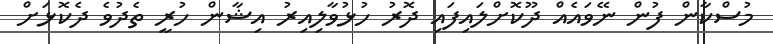
މުސްކާން ފުން ނޭވައެއް ދޫކޮށްލައިފައި ދޮރު ހުޅުވާލިއިރު އިޝާން ހުރީ ތެދުވެ ދެކޮޅަށް